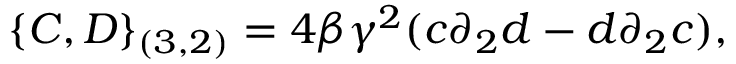
\{ C , D \} _ { ( 3 , 2 ) } = 4 \beta { \gamma } ^ { 2 } ( c { \partial } _ { 2 } d - d { \partial } _ { 2 } c ) ,